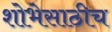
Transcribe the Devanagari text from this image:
शोभेसाठीच